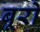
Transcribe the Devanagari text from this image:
बूरो